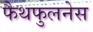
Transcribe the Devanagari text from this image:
फैथफुलनेस